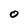
Character: O